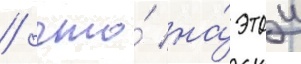
/ что́ на́ этои